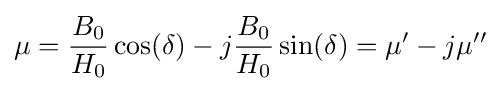
\mu ={\frac {B_{0}}{H_{0}}}\cos(\delta )-j{\frac {B_{0}}{H_{0}}}\sin(\delta )=\mu '-j\mu ''